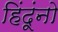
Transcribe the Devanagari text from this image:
हिंदूंनो